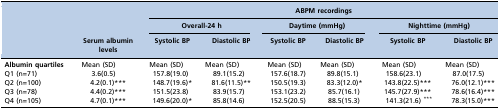
<table><thead><tr><td rowspan="3"></td><td rowspan="2"></td><td colspan="6"><b>ABPM recordings</b></td></tr><tr><td colspan="2"><b>Overall-24 h</b></td><td colspan="2"><b>Daytime (mmHg)</b></td><td colspan="2"><b>Nighttime (mmHg)</b></td></tr><tr><td><b>Serum albumin levels</b></td><td><b>Systolic BP</b></td><td><b>Diastolic BP</b></td><td><b>Systolic BP</b></td><td><b>Diastolic BP</b></td><td><b>Systolic BP</b></td><td><b>Diastolic BP</b></td></tr></thead><tbody><tr><td><b>Albumin quartiles</b></td><td>Mean (SD)</td><td>Mean (SD)</td><td>Mean (SD)</td><td>Mean (SD)</td><td>Mean (SD)</td><td>Mean (SD)</td><td>Mean (SD)</td></tr><tr><td>Q1 (n=71)</td><td>3.6(0.5)</td><td>157.8(19.0)</td><td>89.1(15.2)</td><td>157.6(18.7)</td><td>89.8(15.1)</td><td>158.6(23.1)</td><td>87.0(17.5)</td></tr><tr><td>Q2 (n=100)</td><td>4.2(0.1)***</td><td>148.7(19.6)*</td><td>81.6(11.5)**</td><td>150.5(19.3)</td><td>83.3(12.0)*</td><td>143.8(22.5)***</td><td>76.0(12.1)***</td></tr><tr><td>Q3 (n=78)</td><td>4.4(0.2)***</td><td>151.5(23.8)</td><td>83.9(15.7)</td><td>153.1(23.2)</td><td>85.7(16.1)</td><td>145.7(27.9)***</td><td>78.6(16.4)***</td></tr><tr><td>Q4 (n=105)</td><td>4.7(0.1)***</td><td>149.6(20.0)*</td><td>85.8(14.6)</td><td>152.5(20.5)</td><td>88.5(15.3)</td><td>141.3(21.6)***</td><td>78.3(15.0)***</td></tr></tbody></table>